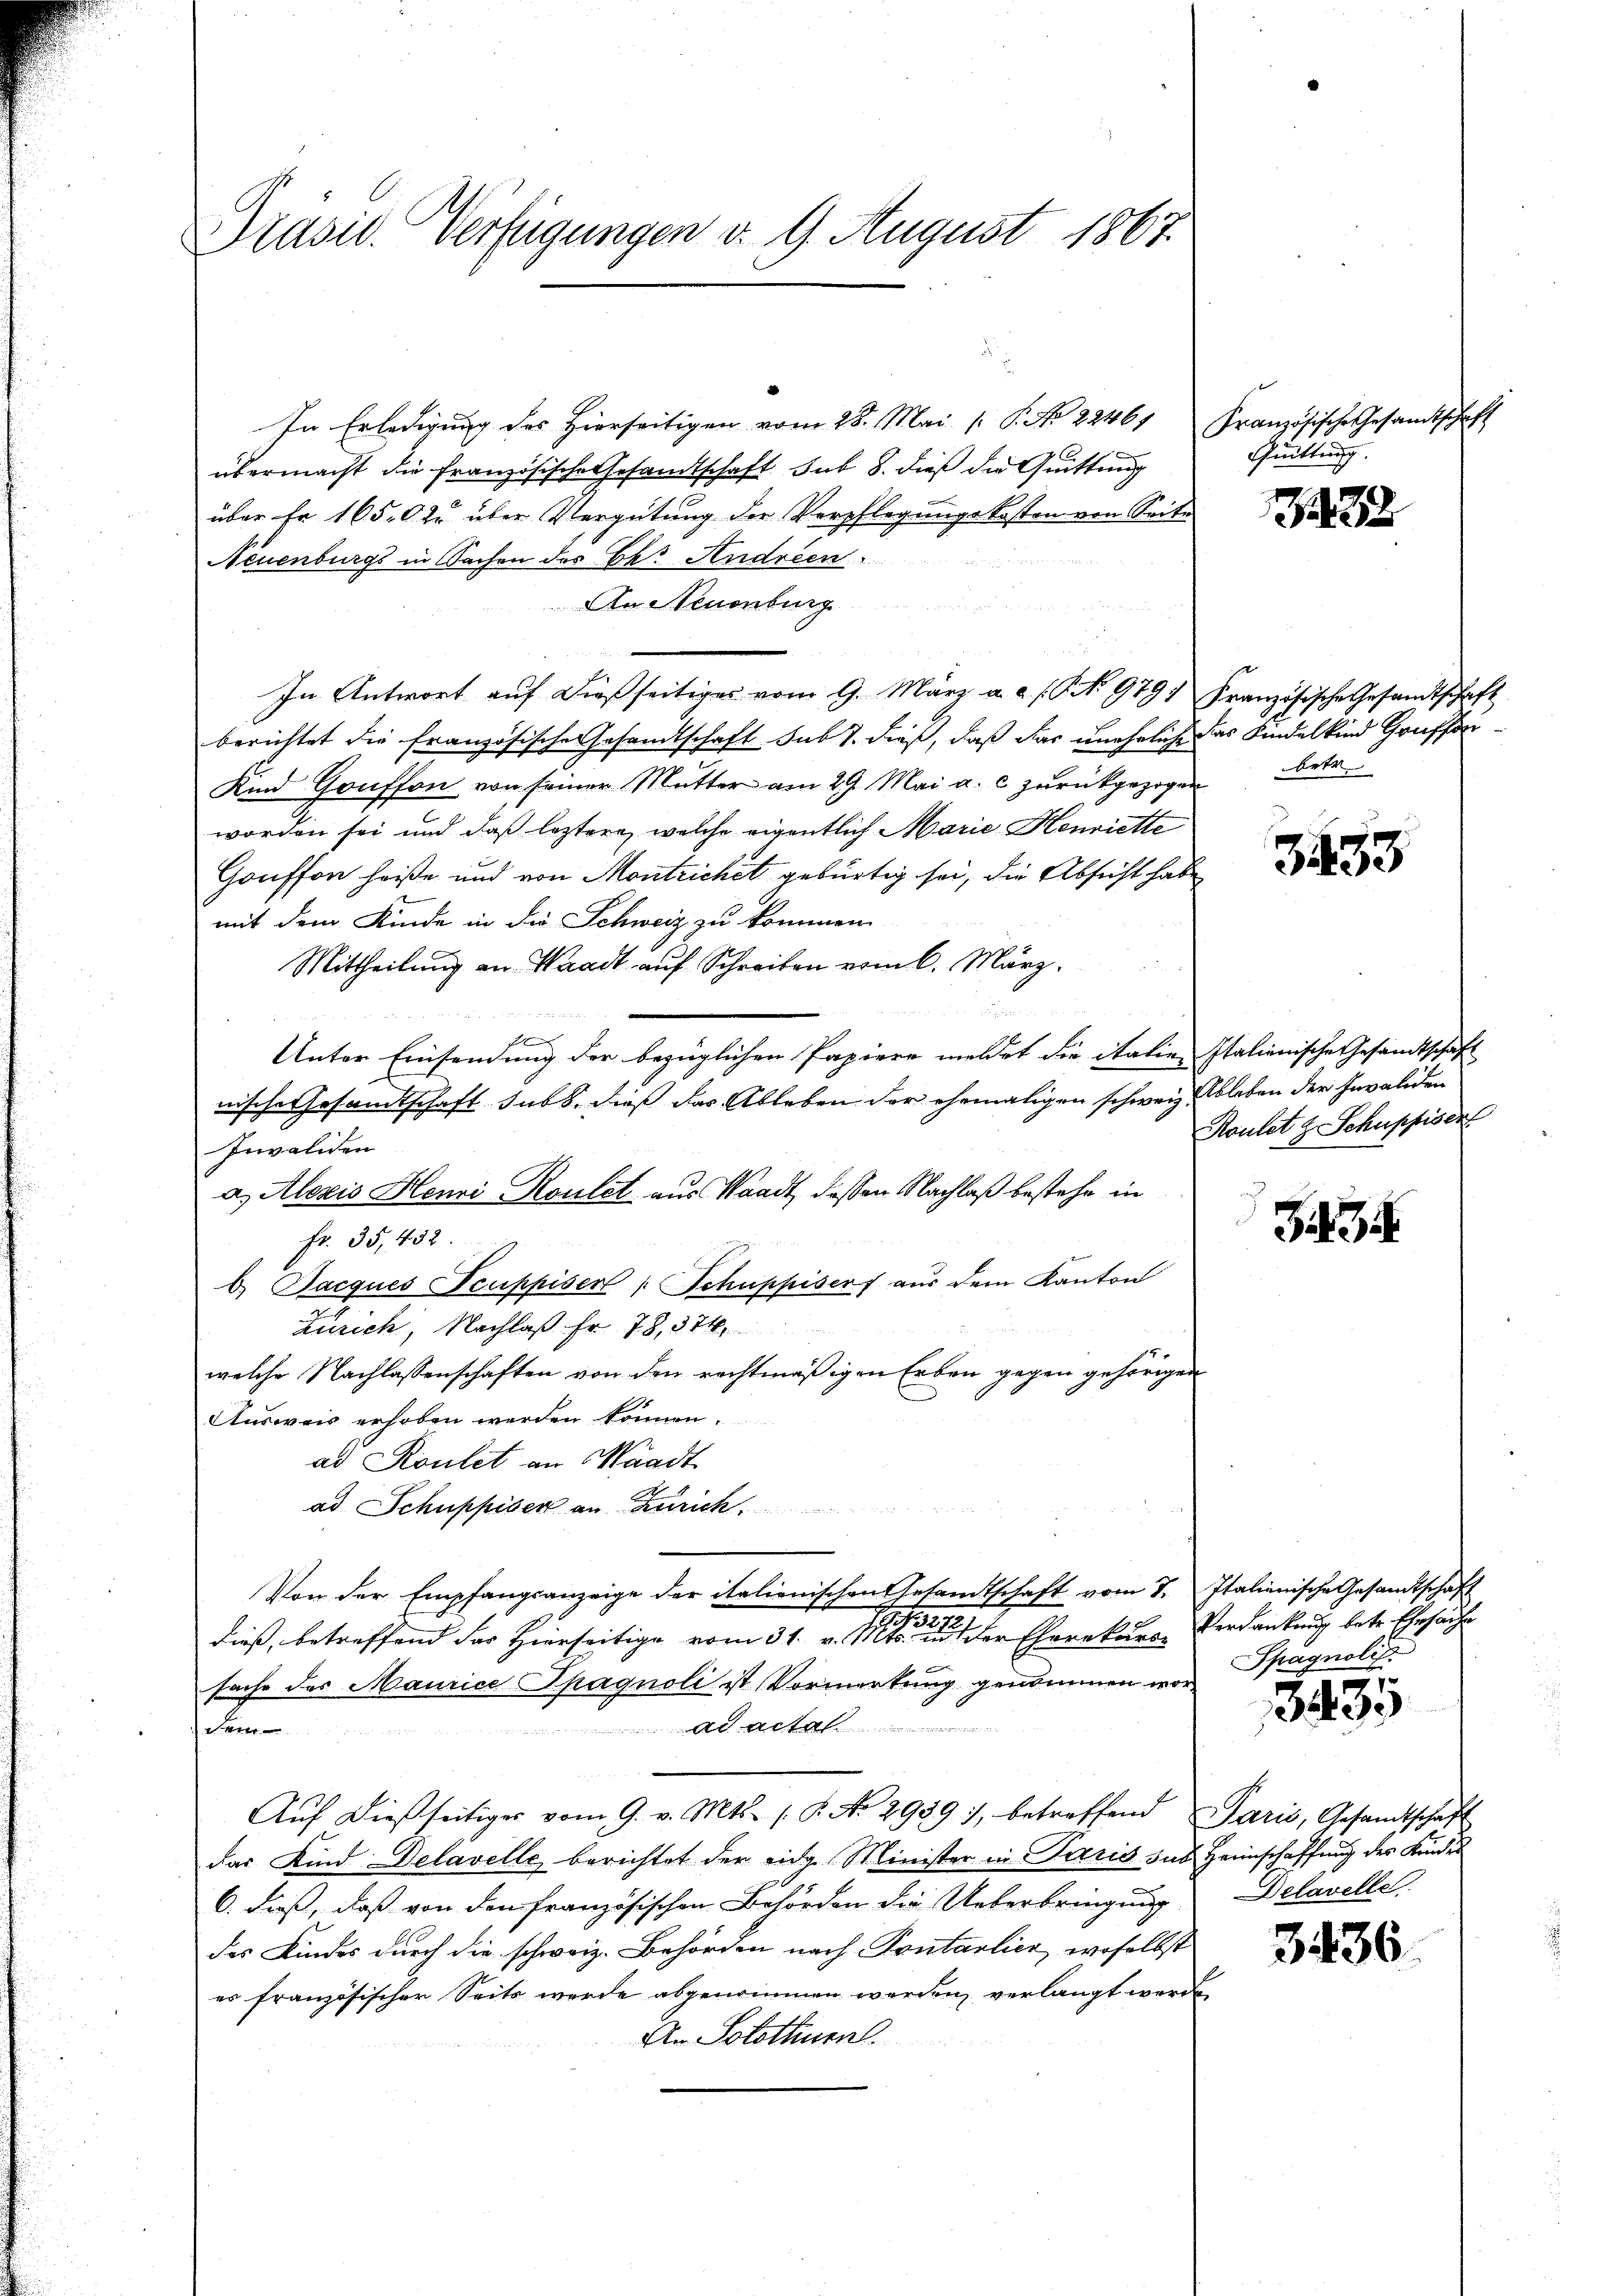
Präsid. Verfügungen d. 9. August 1867.

In Erledigung des hierseitigen vom 28. Mai / P. No. 22461, Französische Gesandtschaft
übermacht die Französische Gesandtschaft sub 8. dieß die Quittung
über Er 1650 zu über Vergütung der Verpflegungskosten von Seite
Neuenburgs in Sachen des Bei Andreen
An Neuenburg
In Antwort auf dießseitiges vom 9. März a. a. s. G. N. 979, Französische Gesandtschaft
berichtet die französische Gesandtschaft sub 7. dieß, daß das uneheliche das Kindelkind Graffen¬
Kind Gonffon von seiner Mutter am 29. Mai a. c. zurückgezogen betr.
worden sei und daß leztere, welche eigentlich Marie Henriette
Gonffon heiße und von Montrichet gebürtig sei, die Absicht habe
mit dem Kinde in die Schweiz zu kommen.
Mittheilŭng an Waadt auf Schreiben vom 6. März.
2
Unter Einsendung der bezüglichen Papiere meldet die italien Italienische Gesandtschaft
nische Gesandtschaft subs, dieß das Ableben der ehemaligen schweiz. Ableben der Invaliden
Invaliden
a. Alexis Henri Roulet, aus Waadt, dessen Nachlaß bestehe in
fr. 35, 452.
) Jacques Truppiserl (Schuppiser aus dem Kanton
Zürich, Nachlaß Fr. 78, 374
welche Nachlassenschaften von den rechtmäßigen Erben gegen gehörigen
Ausweis erhoben werden können.
ad Roulet an Waadt
ad Schuppiser an Zürich
Von der Empfangsanzeige der italienischen Gesandtschaft vom 7. Italienische Gesandtschaft
dieß, betreffend der Hierseitige vom 31. v. 11ten der Eherekurs Verdankung betr. Ehesache
fache des Maurice Spagnoli ist Vormerkung genommen wor¬

Sem
Aŭf dießseitiger vom 9. v. Mts. (T. No 2939), betreffend Paris, Gesandtschaft
das Kind Delavelle berichtet der eidg. Minister in Paris das Heimschaffung des Kindes
6. daß, daß von den französischen Behörden die Ueberbringung
des Kindes durch die schweiz. Behörden nach Pontarlier, woselbst
es französischer Seits werde abgenommen werden, verlangt werde
An Solothurn.

Quittung.

1222

3453

Roulet z. Schuppiser

3

Spagnoli.

335

Delavelle

3436.